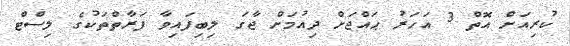
ކުރިއަށް އޮތް 3 އަހަރު ޙައްޖަށް ދިއުމަށް ޖާގަ ލިބިފައިވާ ފަރާތްތަކުގެ ލިސްޓް